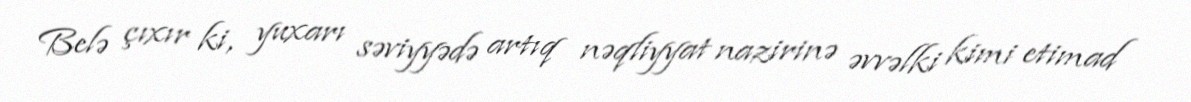
Belə çıxır ki, yuxarı səviyyədə artıq nəqliyyat nazirinə əvvəlki kimi etimad